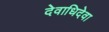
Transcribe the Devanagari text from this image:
देवाधिदेवा